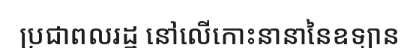
ប្រជាពលរដ្ឋ នៅលើកោះនានានៃឧទ្យាន